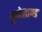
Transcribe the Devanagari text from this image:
बुन्देलाण्ड